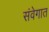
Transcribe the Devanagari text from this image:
संवेगात